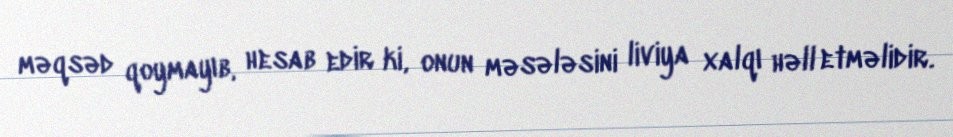
məqsəd qoymayıb, hesab edir ki, onun məsələsini liviya xalqı həll etməlidir.